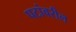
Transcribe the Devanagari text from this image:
पटांवरील